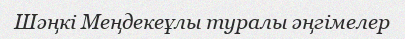
Шәңкі Меңдекеұлы туралы әңгімелер